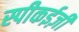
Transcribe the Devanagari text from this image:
स्पीकईज़ी